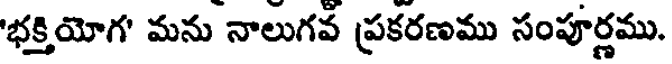
'భక్తియోగ' మను నాలుగవ ప్రకరణము సంపూర్ణము.